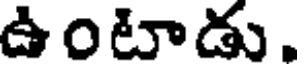
ఉంటాడు,